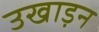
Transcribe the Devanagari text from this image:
उखाड़न